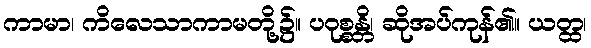
ကာမာ၊ ကိလေသာကာမတို့၌။ ပဝုစ္စန္တိ၊ ဆိုအပ်ကုန်၏။ ယတ္ထ၊